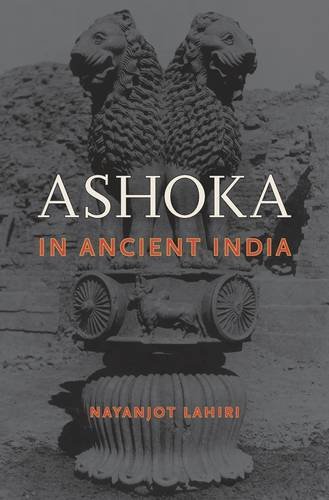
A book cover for Ashoka in Ancient India; Nayanjot Lahiri; Biographies & Memoirs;